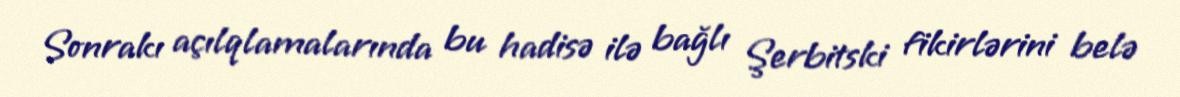
Sonrakı açılqlamalarında bu hadisə ilə bağlı Şerbitski fikirlərini belə